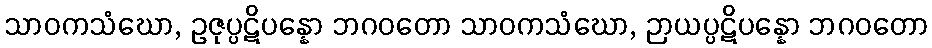
သာဝကသံဃော, ဥဇုပ္ပဋိပန္နော ဘဂဝတော သာဝကသံဃော, ဉာယပ္ပဋိပန္နော ဘဂဝတော